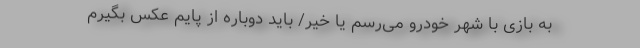
به بازی با شهر خودرو می‌رسم یا خیر/ باید دوباره از پایم عکس بگیرم